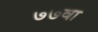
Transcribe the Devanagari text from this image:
७७वा